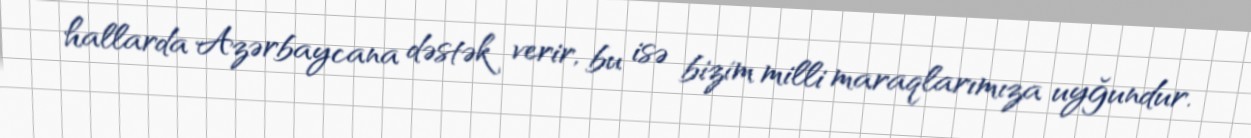
hallarda Azərbaycana dəstək verir, bu isə bizim milli maraqlarımıza uyğundur.